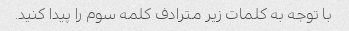
با توجه به کلمات زیر مترادف کلمه سوم را پیدا کنید.